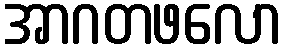
အာဂတဖလော